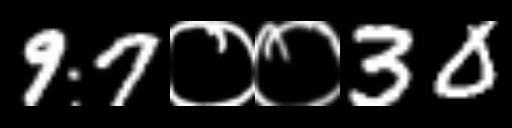
Text: 97००30